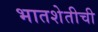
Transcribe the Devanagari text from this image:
भातशेतीची